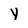
Character: y